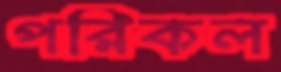
পরিকল